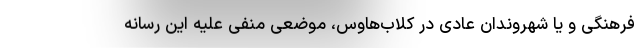
فرهنگی و یا شهروندان عادی در کلاب‌هاوس، موضعی منفی علیه این رسانه